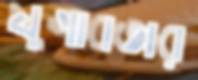
যুগাবতার